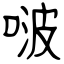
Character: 啵